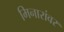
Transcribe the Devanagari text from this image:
मिनारांवर